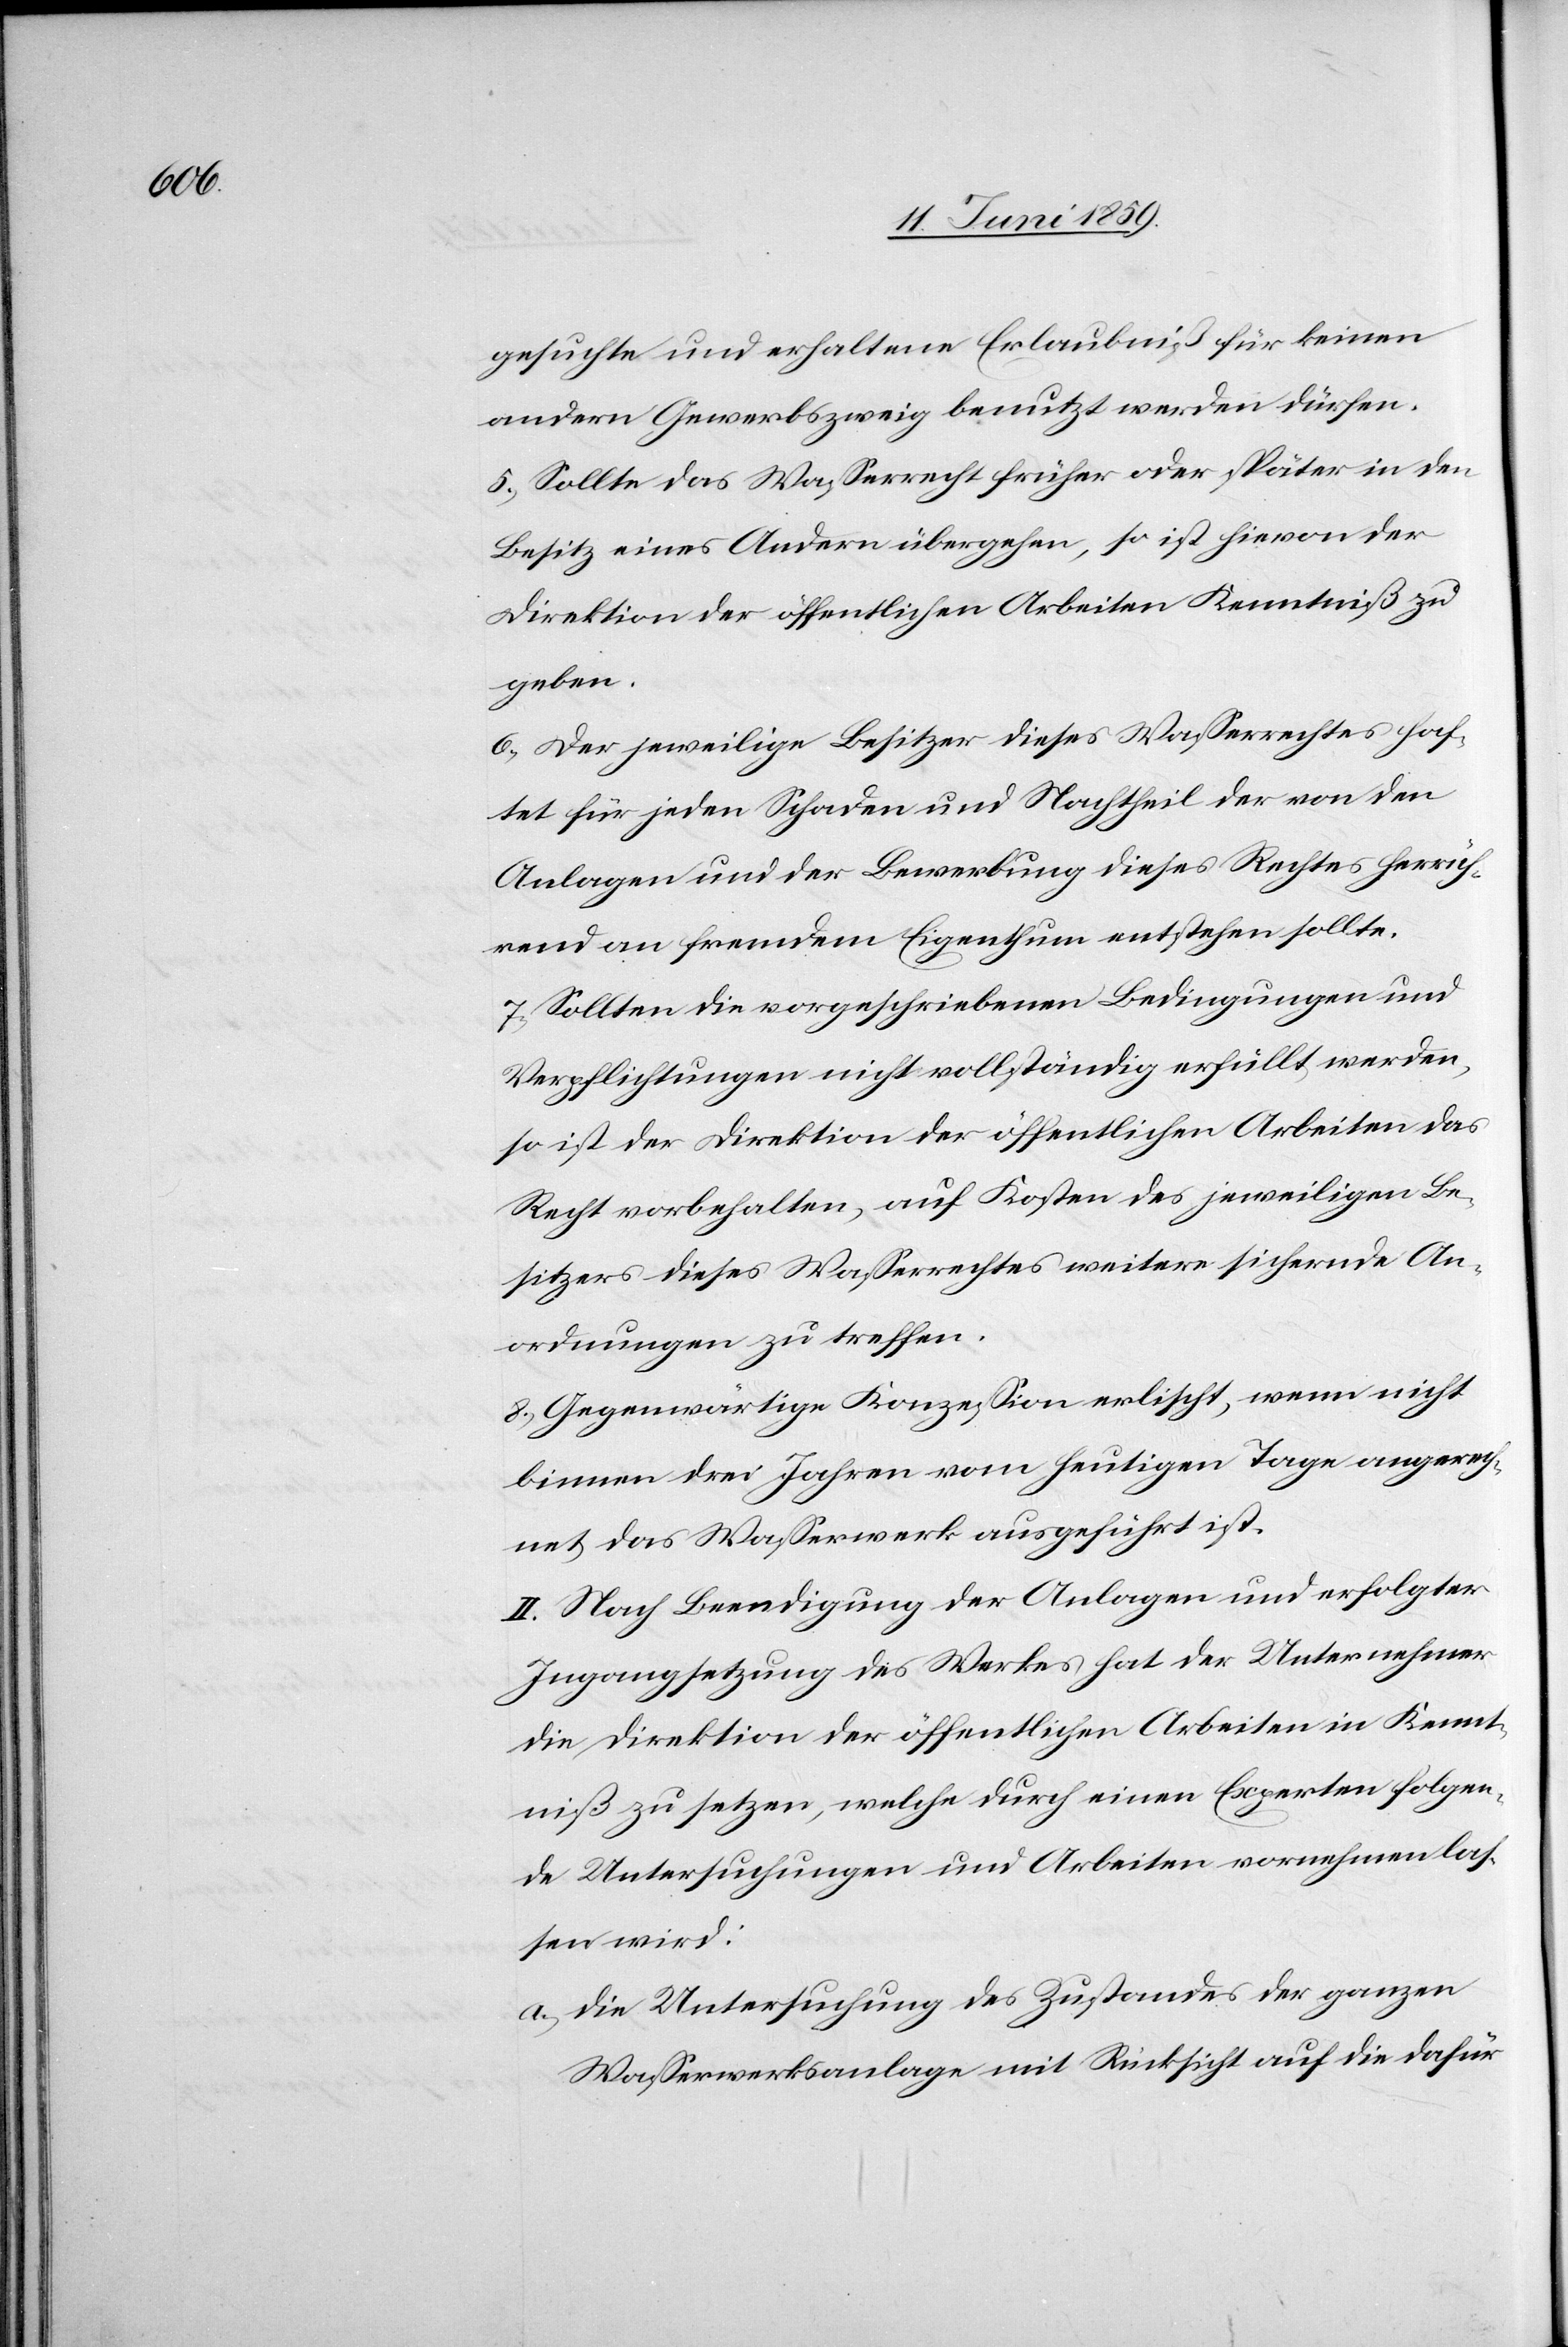
gesuchte und erhaltene Erlaubniß für keinen
andern Gewerbszweig benutzt werden dürfen.
5) Sollte das Wasserrecht früher oder später in den
Besitz eines Andern übergehen, so ist hievon der
Direktion der öffentlichen Arbeiten Kenntniß zu
geben.
6) Der jeweilige Besitzer dieses Wasserrechtes haf¬
tet für jeden Schaden und Nachtheil der von den
Anlagen und der Bewerbung dieses Rechtes herrüh¬
rend an fremdem Eigenthum entstehen sollte.
7) Sollten die vorgeschriebenen Bedingungen und
Verpflichtungen nicht vollständig erfüllt werden,
so ist der Direktion der öffentlichen Arbeiten das
Recht vorbehalten, auf Kosten des jeweiligen Be¬
sitzers dieses Wasserrechtes weitere sichernde An¬
ordnungen zu treffen.
8) Gegenwärtige Konzession erlischt, wenn nicht
binnen drei Jahren vom heutigen Tage an gerech¬
net, das Wasserwerk ausgeführt ist.
II. Nach Beendigung der Anlagen und erfolgter
Ingangsetzung des Werkes hat der Unternehmer
die Direktion der öffentlichen Arbeiten in Kennt¬
niß zu setzen, welche durch einen Experten folgen¬
de Untersuchungen und Arbeiten vornehmen las¬
sen wird:
a) Die Untersuchung des Zustandes der ganzen
Wasserwerksanlage mit Rücksicht auf die dafür